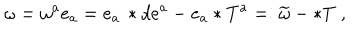
LaTeX: \omega = \omega ^ { a } e _ { a } = e _ { a } \, \ast d e ^ { a } - e _ { a } \ast T ^ { a } = : \widetilde { \omega } - \ast T \; ,